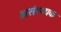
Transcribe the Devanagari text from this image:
असंख्यक